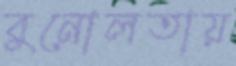
বুনোলতায়